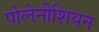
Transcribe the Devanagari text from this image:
पोलेनीशियन